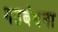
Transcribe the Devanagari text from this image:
गठबंधना